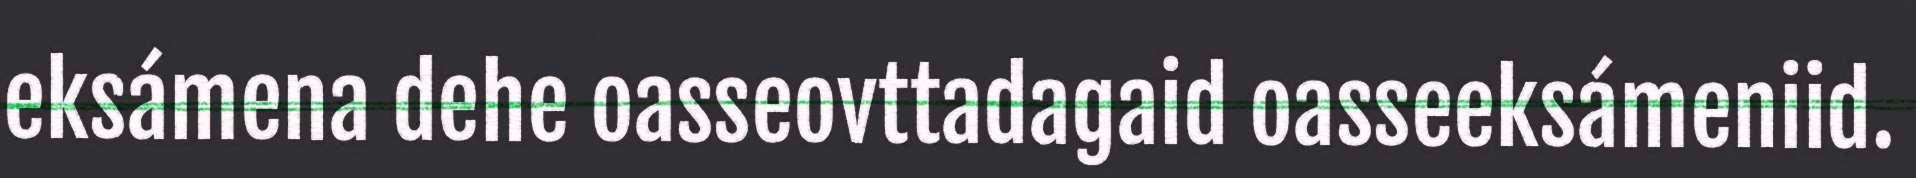
eksámena dehe oasseovttadagaid oasseeksámeniid.